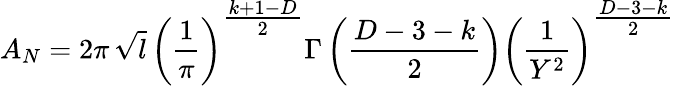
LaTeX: A_{N}=2\pi\, \sqrt{l}\, \left(\frac{1}{\pi}\right)^{{\textstyle\frac{k+1-D}{2}}}\Gamma\left(\frac{D-3-k}{2}\right)\left(\frac{1}{Y^{2}}\right)^{{\textstyle\frac{D-3-k}{2}}}